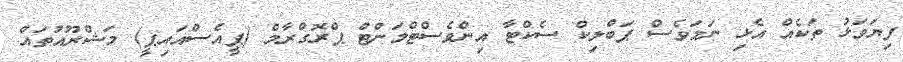
ފިޔަވަޅު ތަކެއް އެޅި ނަމަވެސް ޕަބްލިކް ސެކްޓާ އިންވެސްޓްމަންޓް ޕްރޮގްރާމް (ޕީއެސްއައިޕީ) މަޝްރޫއުތައް